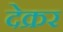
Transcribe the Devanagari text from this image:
देक्रर